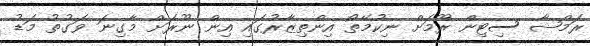
ރަމްޝާ ސިޓިން ރޫމަށް ނިކުމޭތޯ އިންތިޒާރުގައި އިން ނޫރަށް މާގިނަ ވަގުތު މަޑު